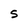
Character: 5